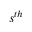
s ^ { t h }